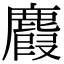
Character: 麚